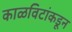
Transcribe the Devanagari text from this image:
काळविटांकडून